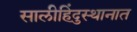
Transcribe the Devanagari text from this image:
सालीहिंदुस्थानात